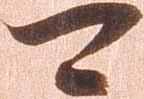
可